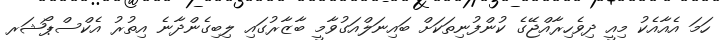
ހަމަ އެއާއެކު މިއީ ދިވެހިރާއްޖޭގެ ކުންފުނިތަކަށް ބައިނަަލްއަގުވާމީ ބާޒާރުގައި ލިބިގެންދާނެ އިތުރު އެކްސްޕޯޝަރ